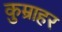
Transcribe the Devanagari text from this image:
कुम्राहर